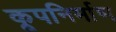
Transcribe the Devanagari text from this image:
कूपनिर्माण